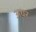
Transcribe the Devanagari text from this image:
अथ़र